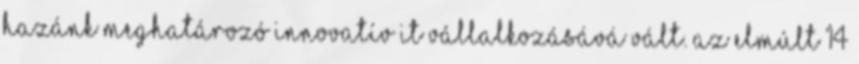
hazánk meghatározó innovatív IT vállalkozásává vált. Az elmúlt 14